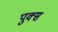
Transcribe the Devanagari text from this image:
पुक्स